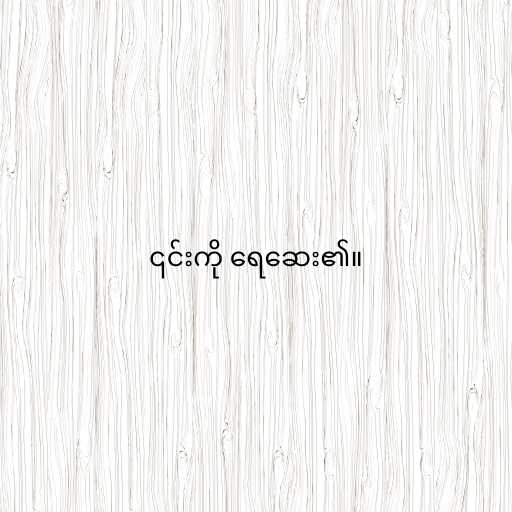
၎င်းကို ရေဆေး၏။